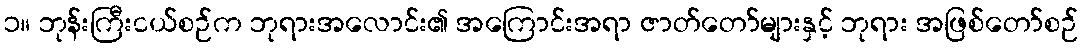
၁။ ဘုန်းကြီးငယ်စဉ်က ဘုရားအလောင်း၏ အကြောင်းအရာ ဇာတ်တော်များနှင့် ဘုရား အဖြစ်တော်စဉ်